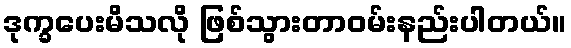
ဒုက္ခပေးမိသလို ဖြစ်သွားတာဝမ်းနည်းပါတယ်။